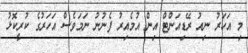
މި އަހަރު ނިއު ރޭޑިއަންޓް އިން އުމެއިރު ފެނުނު ނަމަވެސް އަހަރުގެ ކުރީކޮޅު